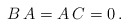
\begin{align*} B \, A = A \, C = 0 \,. \end{align*}